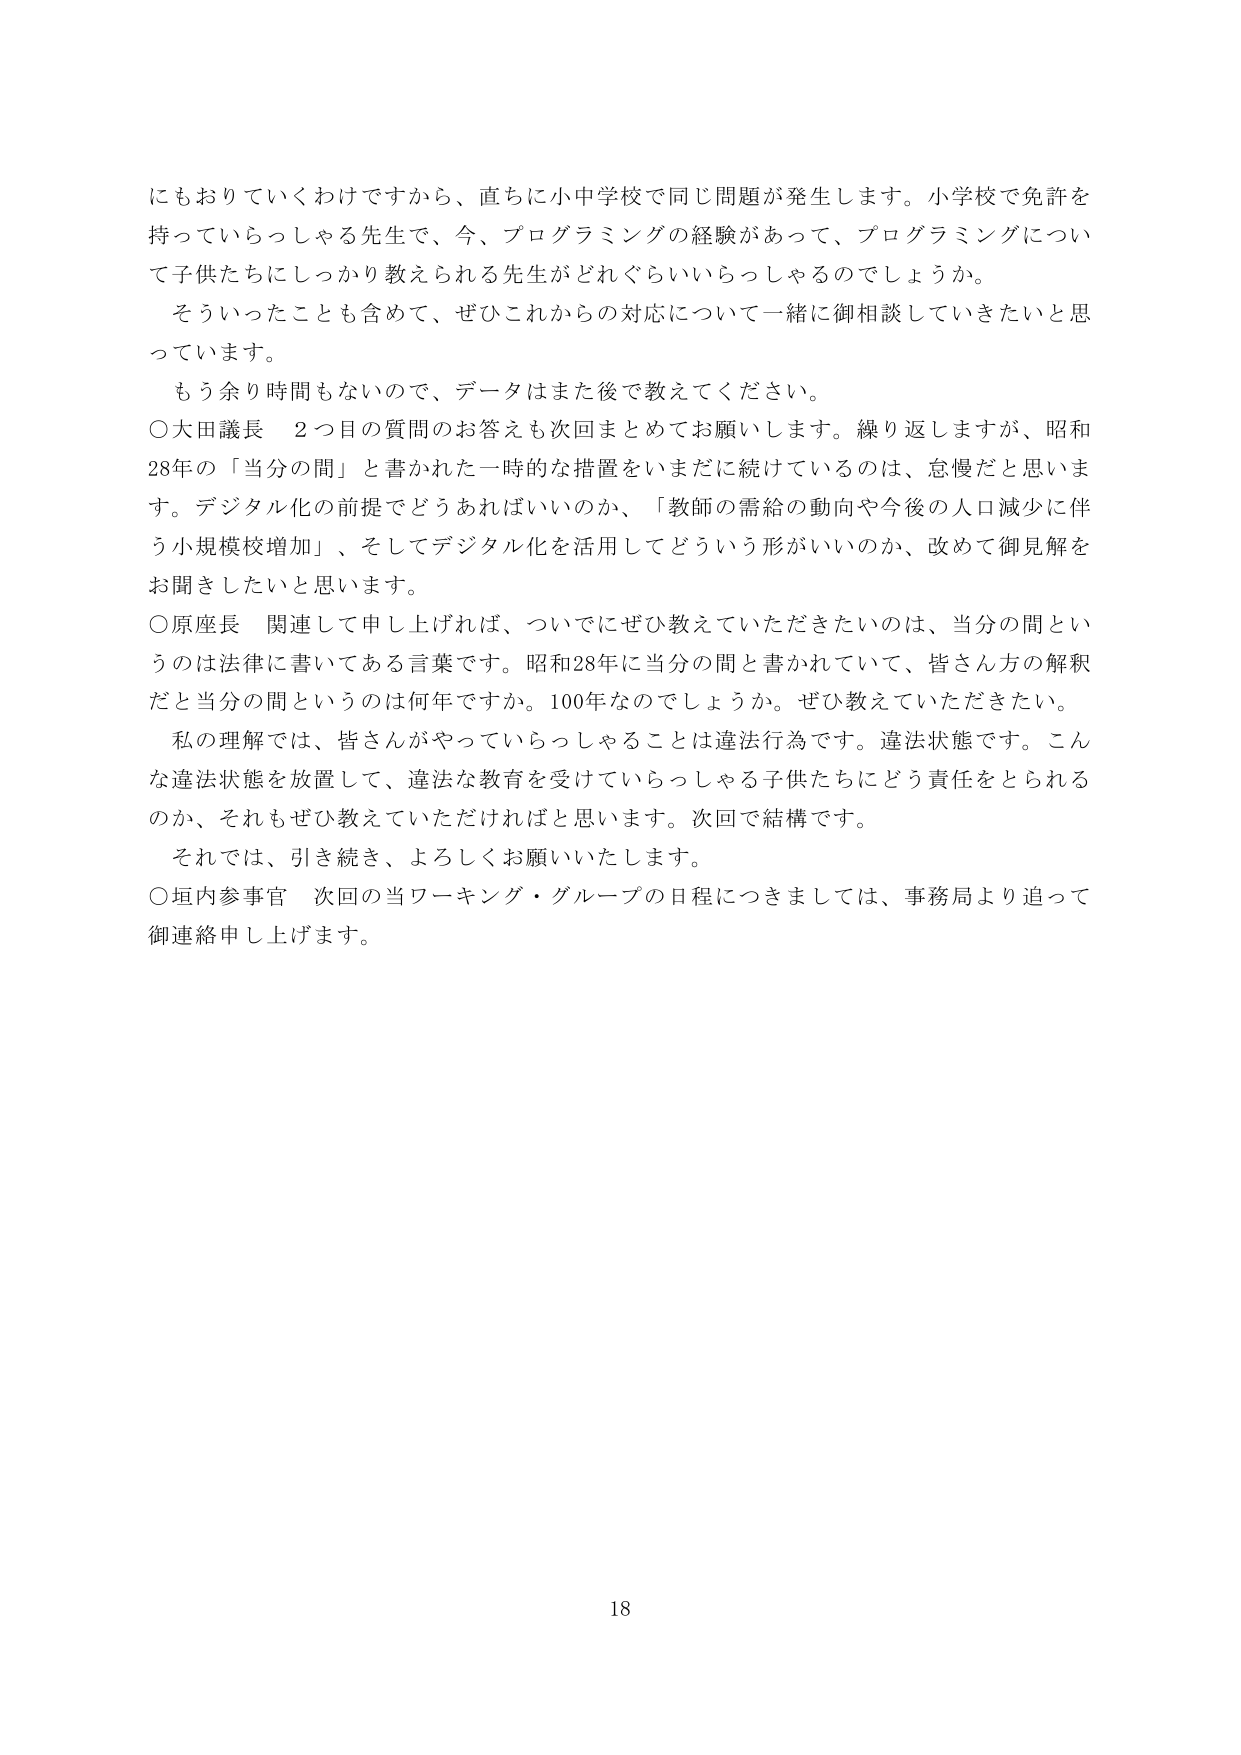
にもおりていくわけですから、直ちに小中学校で同じ問題が発生します。小学校で免許を持っていらっしゃる先生で、今、プログラミングの経験があって、プログラミングについて子供たちにしっかり教えられる先生がどれぐらいいらっしゃるのでしょうか。

そういったことも含めて、ぜひこれからの対応について一緒に御相談していきたいと思っています。

もう余り時間もないのですで、データはまた後で教えてください。

〇大田議長　2つ目の質問のお答えも次回まとめてお願いします。繰り返しますが、昭和28年の「当分の間」と書かれた一時的な措置をいまだに続けているのは、怠慢だと思います。デジタル化の前提でどうあればいいのか、「教師の需給の動向や今後の人口減少に伴う小規模校増加」、そしてデジタル化を活用してどういう形がいいのか、改めて御見解をお聞きしたいと思います。

〇原座長　関連して申し上げれば、ついでにぜひ教えていただきたいのは、当分の間というのは法律に書いてある言葉です。昭和28年に当分の間と書かれていて、皆さん方の解釈だと当分の間というのは何年ですか。100年なのでしょうか。ぜひ教えていただきたい。

私の理解では、皆さんがやっていらっしゃることは違法行為です。違法状態です。こんな違法状態を放置して、違法な教育を受けていらっしゃる子供たちにどう責任をとられるのか、それもぜひ教えていただければと思います。次回で結構です。

それでは、引き続き、よろしくお願いいたします。

〇垣内参事官　次回の当ワーキング・グループの日程につきましては、事務局より追って御連絡申し上げます。

18